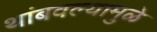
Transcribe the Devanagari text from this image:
थांबवल्यामुळे